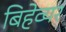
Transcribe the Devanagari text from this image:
बिहेव्यर